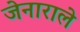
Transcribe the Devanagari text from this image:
जेनाराले